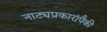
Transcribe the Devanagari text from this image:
नाट्यप्रकारांपैकी